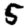
Digit: 5